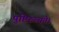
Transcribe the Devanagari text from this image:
पुष्टिरुच्यते।